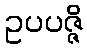
ဥပပဇ္ဇိ